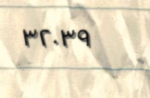
٣٢٠٣٩